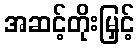
အဆင့်တိုးမြှင့်